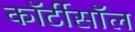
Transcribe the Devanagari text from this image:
कॉर्टीसॉल